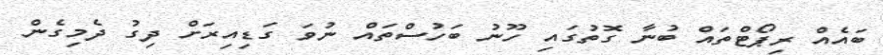
ބައެއް ރިޕޯޓްތައް ބުނާ ގޮތުގައި ހޫނު ބަހުސްތައް ނުވަ ގަޑިއިރަށް ދިގު ދެމިގެން